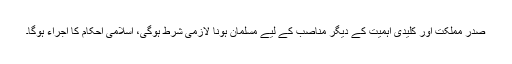
صدر مملکت اور کلیدی اہمیت کے دیگر مناصب کے لیے مسلمان ہونا لازمی شرط ہوگی، اسلامی احکام کا اجراء ہوگا۔